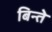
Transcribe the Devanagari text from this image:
बिन्ते